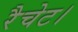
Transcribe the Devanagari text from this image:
रैचेट।